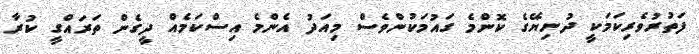
ފަތުރުވެރިކަމަކީ ދުނިޔޭގެ ކޮންމެ ގައުމަކުންވެސް މިއަދު އެންމެ އިސްކަމެއް ދީގެން ތަރައްގީ ކުރާ